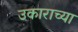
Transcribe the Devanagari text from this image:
उकाराच्या